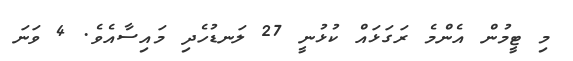
މި ޓީމުން އެންމެ ރަގަޅައް ކުޅުނީ 27 ލަނޑުހެދި މައިސާއެވެ. 4 ވަނަ